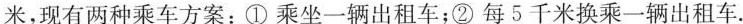
米，现有两种乘车方案：①乘坐一辆出租车；②每5千米换乘一辆出租车.